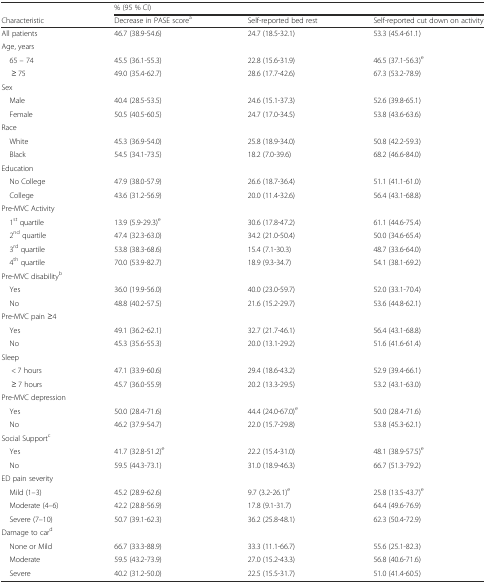
<table><thead><tr><td></td><td colspan="3"><b>% (95 % CI)</b></td></tr><tr><td><b>Characteristic</b></td><td><b>Decrease in PASE score<sup>a</sup></b></td><td><b>Self-reported bed rest</b></td><td><b>Self-reported cut down on activity</b></td></tr></thead><tbody><tr><td>All patients</td><td>46.7 (38.9-54.6)</td><td>24.7 (18.5-32.1)</td><td>53.3 (45.4-61.1)</td></tr><tr><td colspan="4">Age, years</td></tr><tr><td> 65 – 74</td><td>45.5 (36.1-55.3)</td><td>22.8 (15.6-31.9)</td><td>46.5 (37.1-56.3)<sup>e</sup></td></tr><tr><td>≥ 75</td><td>49.0 (35.4-62.7)</td><td>28.6 (17.7-42.6)</td><td>67.3 (53.2-78.9)</td></tr><tr><td colspan="4">Sex</td></tr><tr><td> Male</td><td>40.4 (28.5-53.5)</td><td>24.6 (15.1-37.3)</td><td>52.6 (39.8-65.1)</td></tr><tr><td> Female</td><td>50.5 (40.5-60.5)</td><td>24.7 (17.0-34.5)</td><td>53.8 (43.6-63.6)</td></tr><tr><td colspan="4">Race</td></tr><tr><td> White</td><td>45.3 (36.9-54.0)</td><td>25.8 (18.9-34.0)</td><td>50.8 (42.2-59.3)</td></tr><tr><td> Black</td><td>54.5 (34.1-73.5)</td><td>18.2 (7.0-39.6)</td><td>68.2 (46.6-84.0)</td></tr><tr><td colspan="4">Education</td></tr><tr><td> No College</td><td>47.9 (38.0-57.9)</td><td>26.6 (18.7-36.4)</td><td>51.1 (41.1-61.0)</td></tr><tr><td> College</td><td>43.6 (31.2-56.9)</td><td>20.0 (11.4-32.6)</td><td>56.4 (43.1-68.8)</td></tr><tr><td colspan="4">Pre-MVC Activity</td></tr><tr><td> 1<sup>st</sup> quartile</td><td>13.9 (5.9-29.3)<sup>e</sup></td><td>30.6 (17.8-47.2)</td><td>61.1 (44.6-75.4)</td></tr><tr><td> 2<sup>nd</sup> quartile</td><td>47.4 (32.3-63.0)</td><td>34.2 (21.0-50.4)</td><td>50.0 (34.6-65.4)</td></tr><tr><td> 3<sup>rd</sup> quartile</td><td>53.8 (38.3-68.6)</td><td>15.4 (7.1-30.3)</td><td>48.7 (33.6-64.0)</td></tr><tr><td> 4<sup>th</sup> quartile</td><td>70.0 (53.9-82.7)</td><td>18.9 (9.3-34.7)</td><td>54.1 (38.1-69.2)</td></tr><tr><td colspan="4">Pre-MVC disability<sup>b</sup></td></tr><tr><td> Yes</td><td>36.0 (19.9-56.0)</td><td>40.0 (23.0-59.7)</td><td>52.0 (33.1-70.4)</td></tr><tr><td> No</td><td>48.8 (40.2-57.5)</td><td>21.6 (15.2-29.7)</td><td>53.6 (44.8-62.1)</td></tr><tr><td colspan="4">Pre-MVC pain ≥4</td></tr><tr><td> Yes</td><td>49.1 (36.2-62.1)</td><td>32.7 (21.7-46.1)</td><td>56.4 (43.1-68.8)</td></tr><tr><td> No</td><td>45.3 (35.6-55.3)</td><td>20.0 (13.1-29.2)</td><td>51.6 (41.6-61.4)</td></tr><tr><td colspan="4">Sleep</td></tr><tr><td>&lt; 7 hours</td><td>47.1 (33.9-60.6)</td><td>29.4 (18.6-43.2)</td><td>52.9 (39.4-66.1)</td></tr><tr><td>≥ 7 hours</td><td>45.7 (36.0-55.9)</td><td>20.2 (13.3-29.5)</td><td>53.2 (43.1-63.0)</td></tr><tr><td colspan="4">Pre-MVC depression</td></tr><tr><td> Yes</td><td>50.0 (28.4-71.6)</td><td>44.4 (24.0-67.0)<sup>e</sup></td><td>50.0 (28.4-71.6)</td></tr><tr><td> No</td><td>46.2 (37.9-54.7)</td><td>22.0 (15.7-29.8)</td><td>53.8 (45.3-62.1)</td></tr><tr><td colspan="4">Social Support<sup>c</sup></td></tr><tr><td> Yes</td><td>41.7 (32.8-51.2)<sup>e</sup></td><td>22.2 (15.4-31.0)</td><td>48.1 (38.9-57.5)<sup>e</sup></td></tr><tr><td> No</td><td>59.5 (44.3-73.1)</td><td>31.0 (18.9-46.3)</td><td>66.7 (51.3-79.2)</td></tr><tr><td colspan="4">ED pain severity</td></tr><tr><td> Mild (1–3)</td><td>45.2 (28.9-62.6)</td><td>9.7 (3.2-26.1)<sup>e</sup></td><td>25.8 (13.5-43.7)<sup>e</sup></td></tr><tr><td> Moderate (4–6)</td><td>42.2 (28.8-56.9)</td><td>17.8 (9.1-31.7)</td><td>64.4 (49.6-76.9)</td></tr><tr><td> Severe (7–10)</td><td>50.7 (39.1-62.3)</td><td>36.2 (25.8-48.1)</td><td>62.3 (50.4-72.9)</td></tr><tr><td colspan="4">Damage to car<sup>d</sup></td></tr><tr><td> None or Mild</td><td>66.7 (33.3-88.9)</td><td>33.3 (11.1-66.7)</td><td>55.6 (25.1-82.3)</td></tr><tr><td> Moderate</td><td>59.5 (43.2-73.9)</td><td>27.0 (15.2-43.3)</td><td>56.8 (40.6-71.6)</td></tr><tr><td> Severe</td><td>40.2 (31.2-50.0)</td><td>22.5 (15.5-31.7)</td><td>51.0 (41.4-60.5)</td></tr></tbody></table>